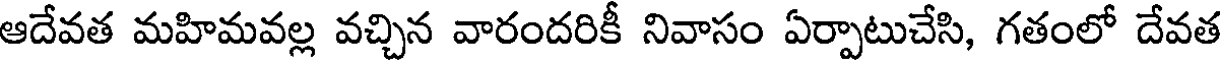
ఆదేవత మహిమవల్ల వచ్చిన వారందరికీ నివాసం ఏర్పాటుచేసి, గతంలో దేవత